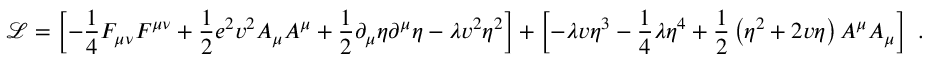
\ { \mathcal { L } } = \left[ - { \frac { 1 } { 4 } } F _ { \mu \nu } F ^ { \mu \nu } + { \frac { 1 } { 2 } } e ^ { 2 } v ^ { 2 } A _ { \mu } A ^ { \mu } + { \frac { 1 } { 2 } } \partial _ { \mu } \eta \partial ^ { \mu } \eta - \lambda v ^ { 2 } \eta ^ { 2 } \right] + \left[ - \lambda v \eta ^ { 3 } - { \frac { 1 } { 4 } } \lambda \eta ^ { 4 } + { \frac { 1 } { 2 } } \left( \eta ^ { 2 } + 2 v \eta \right) A ^ { \mu } A _ { \mu } \right] ~ .